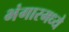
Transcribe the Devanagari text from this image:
भंगारमध्ये